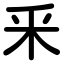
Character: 釆